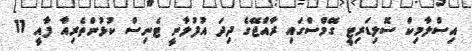
އިސްލާމިކް ސޮލިޑަރިޓީ ގޭމްސްގައި ރާއްޖޭގެ ދިދަ އުފުލާނީ ޓެނިސް ކުޅުންތެރިއާ ފާއީ 11